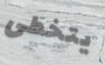
يتخطى